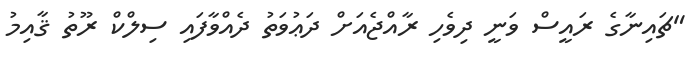
"ޗައިނާގެ ރައީސް ވަނީ ދިވެހި ރާއްޖެއަށް ދަޢުވަތު ދެއްވާފައި ސިލްކް ރޫތު ޤާއިމު